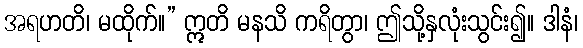
အရဟတိ၊ မထိုက်။” ဣတိ မနသိ ကရိတွာ၊ ဤသို့နှလုံးသွင်း၍။ ဒါနံ၊